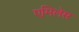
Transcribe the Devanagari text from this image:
एमिलेस